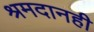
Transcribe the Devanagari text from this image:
श्रमदानही